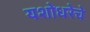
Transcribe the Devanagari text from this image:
यशोधरेचे